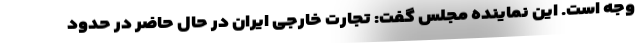
وجه است. این نماینده مجلس گفت: تجارت خارجی ایران در حال حاضر در حدود